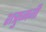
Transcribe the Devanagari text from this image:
शत्रुघ्नजी